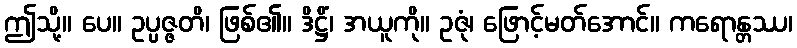
ဤသို့။ ပေ။ ဥပ္ပဇ္ဇတိ၊ ဖြစ်၏။ ဒိဋ္ဌိံ၊ အယူကို။ ဥဇုံ၊ ဖြောင့်မတ်အောင်။ ကရောန္တဿ၊